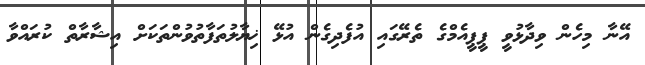
އޭނާ މިހެން ވިދާޅުވީ ޕީޕީއެމްގެ ތެރޭގައި އުފެދިގެން އުޅޭ ޚިޔާލުތަފާތުވުންތަކަށް އިޝާރާތް ކުރައްވާ